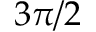
3 \pi / 2